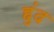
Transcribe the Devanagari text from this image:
हुंद